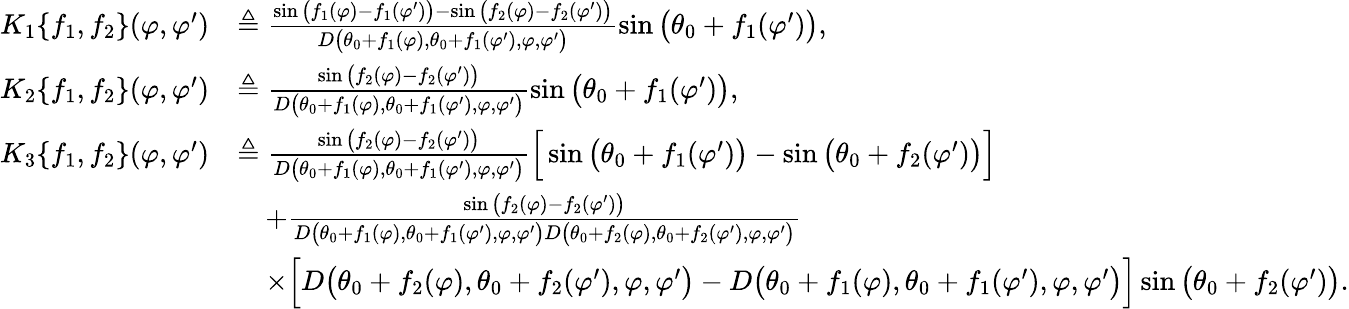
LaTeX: \begin{array}{rl}{K_{1}\{ f_{1},f_{2}\} (\varphi,\varphi^{\prime})}&{\triangleq\frac{\sin\big(f_{1}(\varphi)-f_{1}(\varphi^{\prime})\big)-\sin\big(f_{2}(\varphi)-f_{2}(\varphi^{\prime})\big)}{D\big(\theta_{0}+f_{1}(\varphi),\theta_{0}+f_{1}(\varphi^{\prime}),\varphi,\varphi^{\prime}\big)}\sin\big(\theta_{0}+f_{1}(\varphi^{\prime})\big),}\\ {K_{2}\{ f_{1},f_{2}\} (\varphi,\varphi^{\prime})}&{\triangleq\frac{\sin\big(f_{2}(\varphi)-f_{2}(\varphi^{\prime})\big)}{D\big(\theta_{0}+f_{1}(\varphi),\theta_{0}+f_{1}(\varphi^{\prime}),\varphi,\varphi^{\prime}\big)}\sin\big(\theta_{0}+f_{1}(\varphi^{\prime})\big),}\\ {K_{3}\{ f_{1},f_{2}\} (\varphi,\varphi^{\prime})}&{\triangleq\frac{\sin\big(f_{2}(\varphi)-f_{2}(\varphi^{\prime})\big)}{D\big(\theta_{0}+f_{1}(\varphi),\theta_{0}+f_{1}(\varphi^{\prime}),\varphi,\varphi^{\prime}\big)}\Big[\sin\big(\theta_{0}+f_{1}(\varphi^{\prime})\big)-\sin\big(\theta_{0}+f_{2}(\varphi^{\prime})\big)\Big]}\\ &{\quad+\frac{\sin\big(f_{2}(\varphi)-f_{2}(\varphi^{\prime})\big)}{D\big(\theta_{0}+f_{1}(\varphi),\theta_{0}+f_{1}(\varphi^{\prime}),\varphi,\varphi^{\prime}\big)D\big(\theta_{0}+f_{2}(\varphi),\theta_{0}+f_{2}(\varphi^{\prime}),\varphi,\varphi^{\prime}\big)}}\\ &{\quad\times\Big[D\big(\theta_{0}+f_{2}(\varphi),\theta_{0}+f_{2}(\varphi^{\prime}),\varphi,\varphi^{\prime}\big)-D\big(\theta_{0}+f_{1}(\varphi),\theta_{0}+f_{1}(\varphi^{\prime}),\varphi,\varphi^{\prime}\big)\Big]\sin\big(\theta_{0}+f_{2}(\varphi^{\prime})\big).}\end{array}